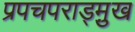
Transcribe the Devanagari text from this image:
प्रपचपराड्म़ुख